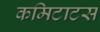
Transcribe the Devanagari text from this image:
कमिटाटस